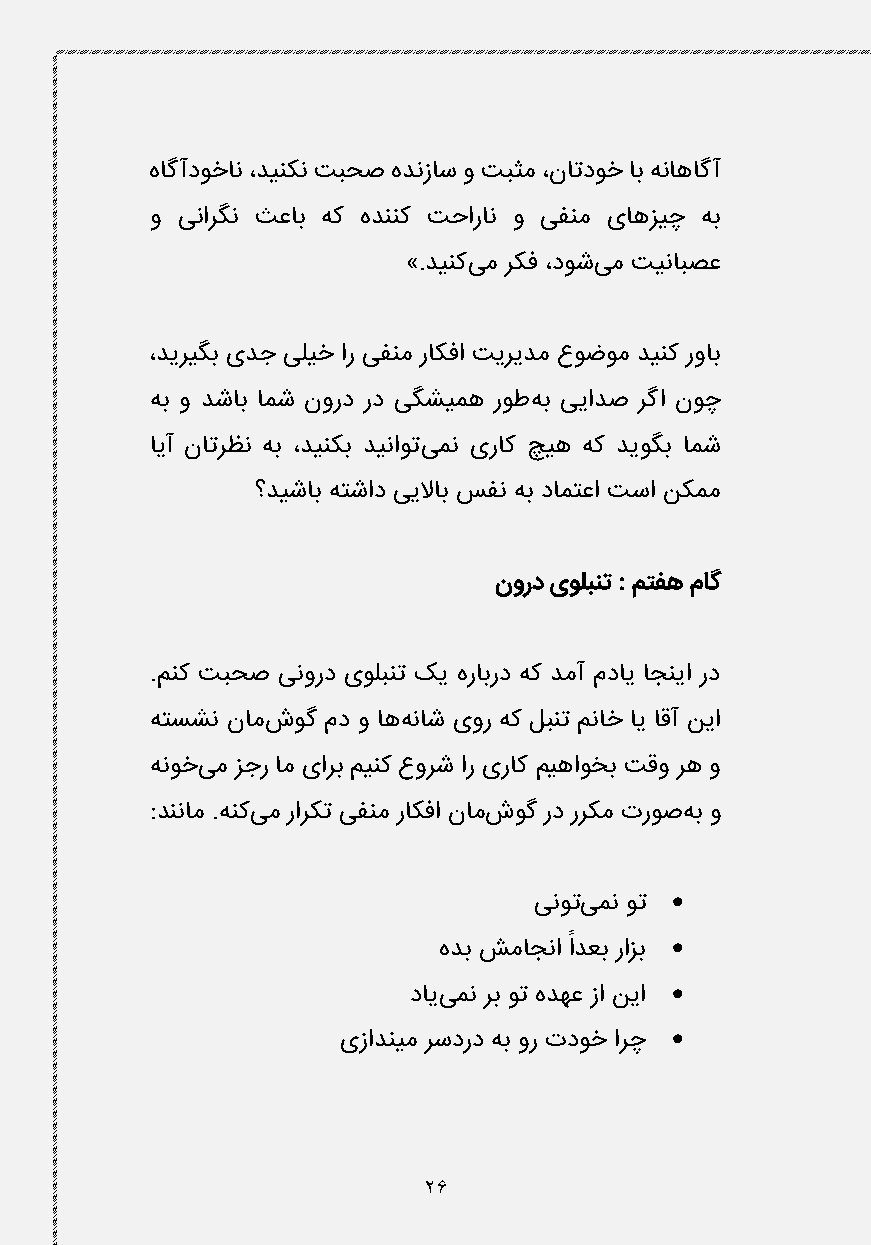
هاگآدوخان ،دینکن تبحص هدنزاس و تبثم ،ناتدوخ اب هناهاگآ
 و ینارگن ثعاب هک هدننک تحاران و یفنم یاهزیچ هب
 ».دینکیم رکف ،دوشیم تینابصع
 ،دیریگب یدج یلیخ ار یفنم راکفا تیریدم عوضوم دینک رواب
 هب و دشاب امش نورد رد یگشیمه روطهب ییادص رگا نوچ
 ایآ ناترظن هب ،دینکب دیناوتیمن یراک چیه هک دیوگب امش
 ؟دیشاب هتشاد ییلااب سفن هب دامتعا تسا نکمم
 نورد یولبنت : متفه ماگ
 .منک تبحص ینورد یولبنت کی هرابرد هک دمآ مدای اجنیا رد
 هتسشن نامشوگ مد و اههناش یور هک لبنت مناخ ای اقآ نیا
 هنوخیم زجر ام یارب مینک عورش ار یراک میهاوخب تقو ره و
 :دننام .هنکیم رارکت یفنم راکفا نامشوگ رد ررکم تروصهب و
 
 ینوتیمن وت
 ً     
 هدب شماجنا ادعب رازب
 
 داییمن رب وت هدهع زا نیا
 
 یزادنیم رسدرد هب ور تدوخ ارچ
 26